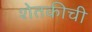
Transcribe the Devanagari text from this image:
शेतकीची